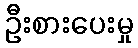
ဦးစားပေးမှု